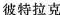
彼特拉克